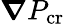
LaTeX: \boldsymbol{\nabla}P_{\mathrm{cr}}